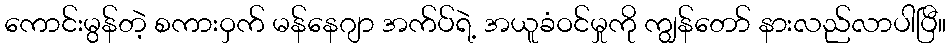
ကောင်းမွန်တဲ့ စကားဝှက် မန်နေဂျာ အက်ပ်ရဲ့ အယူခံဝင်မှုကို ကျွန်တော် နားလည်လာပါပြီ။